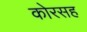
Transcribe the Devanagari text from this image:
कोरसह